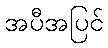
အပီအပြင်